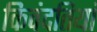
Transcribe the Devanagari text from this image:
किवंदतियां